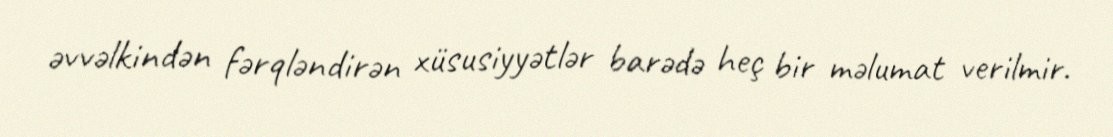
əvvəlkindən fərqləndirən xüsusiyyətlər barədə heç bir məlumat verilmir.